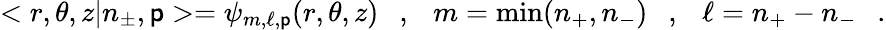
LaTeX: <r,\theta,z|n_{\pm},\mathsf{p}>=\psi_{m,\ell,\mathsf{p}}(r,\theta,z)\ \ \ ,\ \ \ m=\mathrm{{min}}(n_{+},n_{-})\ \ \ ,\ \ \ \ell=n_{+}-n_{-}\ \ \ .